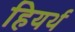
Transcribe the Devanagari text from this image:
हियर्थ